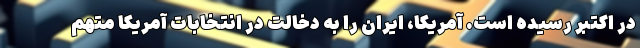
در اکتبر رسیده است. آمریکا، ایران را به دخالت در انتخابات آمریکا متهم